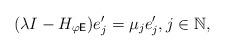
LaTeX: \begin{align*}(\lambda{I}-H_{\varphi{\sf E}}){e}_j'=\mu_j{e}_j', j\in\mathbb{N},\end{align*}